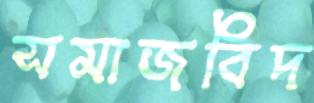
সমাজবিদ